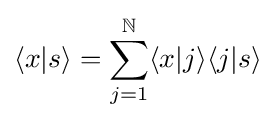
\langle x|s\rangle =\sum _{j=1}^{\mathbb {N} }\langle x|j\rangle \langle j|s\rangle